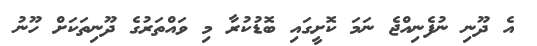
އެ ދޫނި ނުފެނިއްޖެ ނަމަ ކޮށީގައި ބޮޑުކުރާ މި ވައްތަރުގެ ދޫނިތަކަށް ހޫނު